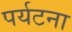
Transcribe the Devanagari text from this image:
पर्यटना